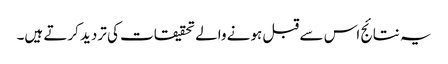
یہ نتائج اس سے قبل ہونے والے تحقیقات کی تردید کرتے ہیں۔